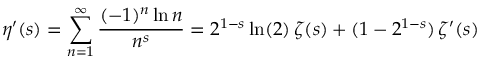
\eta ^ { \prime } ( s ) = \sum _ { n = 1 } ^ { \infty } { \frac { ( - 1 ) ^ { n } \ln n } { n ^ { s } } } = 2 ^ { 1 - s } \ln ( 2 ) \, \zeta ( s ) + ( 1 - 2 ^ { 1 - s } ) \, \zeta ^ { \prime } ( s )